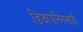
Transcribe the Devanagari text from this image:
डिझायनिंगसाठी